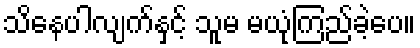
သိနေပါလျက်နှင့် သူမ မယုံကြည်ခဲ့ပေ။